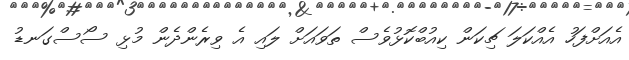
އެއަށްފަހު އެއްކަލަ ޗިކަން ކިއުބްކޮޅުވެސް ތަވައަށް ލައި އެ ވިރެންދެން މުޅި ސޯސްގަނޑު